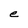
Character: e